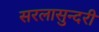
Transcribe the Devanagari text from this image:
सरलासुन्दरी